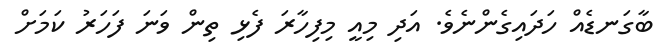
ބާގަނޑެއް ހަދައިގެންނެވެ. އަދި މިއީ މިފިހާރަ ފެޅި ތިން ވަނަ ފަހަރު ކަމަށް